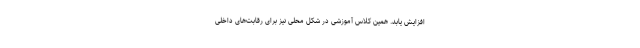
افزایش یابد. همین کلاس آموزشی در شکل محلی نیز برای رقابت‌های داخلی